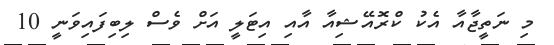
މި ނަތީޖާއާ އެކު ކްރޮއޭޝިއާ އާއި އިޓަލީ އަށް ވެސް ލިބިފައިވަނީ 10